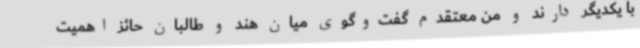
با یکدیگر دارند و من معتقدم گفت‌وگوی میان هند و طالبان حائز اهمیت